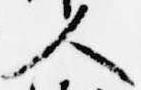
人